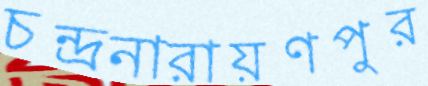
চন্দ্রনারায়ণপুর